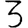
Digit: 3